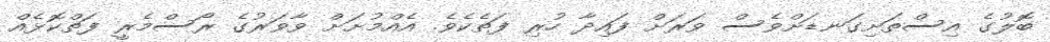
ބޮލުގެ އިސްތަށިގަނޑަށްވެސް ވަރަށް ފައިދާ ހުރި ފަތެކެވެ. އެއްމުށަށް ވާވަރުގެ ރޯސްމެރީ ފަތްކޮޅެއް